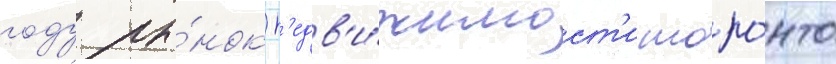
году ры́нок н'едв'и́жимост'и торо́нто